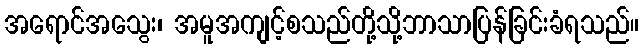
အရောင်အသွေး၊ အမူအကျင့်စသည်တို့သို့ဘာသာပြန်ခြင်းခံရသည်။